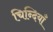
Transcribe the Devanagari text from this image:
चिन्दियाँ